Report of the Indian Hemp Drugs Commission, 1894-1895 - Volume IV
Year: 1894
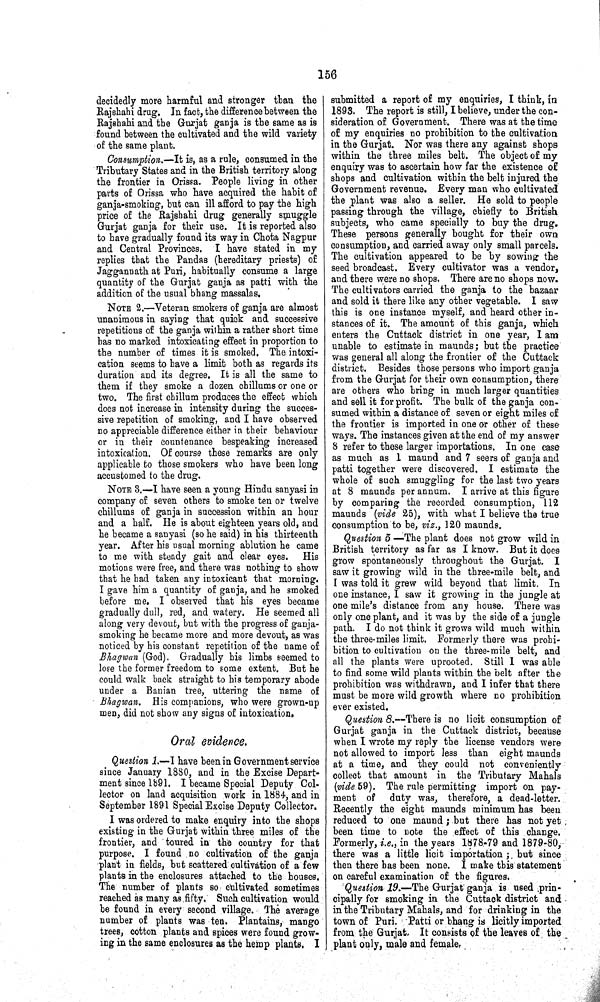
156
decidedly more harmful and stronger than the
Rajshahi drug. In fact, the difference between the
Rajshahi and the Gurjat ganja is the same as is
found between the cultivated and the wild variety
of the same plant.
Consumption.—It is, as a rule, consumed in the
Tributary States and in the British territory along
the frontier in Orissa. People living in other
parts of Orissa who have acquired the habit of
ganja-smoking, but can ill afford to pay the high
price of the Rajshahi drug generally smuggle
Gurjat ganja for their use. It is reported also
to have gradually found its way in Chota Nagpur
and Central Provinces, I have stated in my
replies that the Pandas (hereditary priests) of
Jaggannath at Puri, habitually consume a large
quantity of the Gurjat ganja as patti with the
addition of the usual bhang massalas.
NOTE 2.—Veteran smokers of ganja are almost
unanimous in saying that quick and successive
repetitions of the ganja within a rather short time
has no marked intoxicating effect in proportion to
the number of times it is smoked. The intoxi¬
cation seems to have a limit both as regards its
duration and its degree. It is all the same to
them if they smoke a dozen chillums or one or
two. The first chillum produces the effect which
does not increase in intensity during the succes¬
sive repetition of smoking, and I have observed
no appreciable difference either in their behaviour
or in their countenance bespeaking increased
intoxication. Of course these remarks are only
applicable to those smokers who have been long
accustomed to the drug.
NOTE 3.—I have seen a young Hindu sanyasi in
company of seven others to smoke ten or twelve
chillums of ganja in succession within an hour
and a half. He is about eighteen years old, and
he became a sanyasi (so he said) in his thirteenth
year. After his usual morning ablution he came
to me with steady gait and clear eyes. His
motions were free, and there was nothing to show
that he had taken any intoxicant that morning.
I gave him a quantity of ganja, and he smoked
before me. I observed that his eyes became
gradually dull, red, and watery. He seemed all
along very devout, but with the progress of ganja-
smoking he became more and more devout, as was
noticed by his constant repetition of the name of
Bhagwan (God). Gradually his limbs seemed to
lose the former freedom to some extent. But he
could walk back straight to his temporary abode
under a Banian tree, uttering the name of
Bhagwan. His companions, who were grown-up
men, did not show any signs of intoxication.
Oral evidence.
Question 1.—I have been in Government service
since January 1880, and in the Excise Depart¬
ment since 1891. I became Special Deputy Col-
lector on land acquisition work in 1884, and in
September 1891 Special Excise Deputy Collector.
I was ordered to make enquiry into the shops
existing in the Gurjat within three miles of the
frontier, and toured in the country for that
purpose. I found no cultivation of the ganja
plant in fields, but scattered cultivation of a few
plants in the enclosures attached to the houses.
The number of plants so cultivated sometimes
reached as many as fifty. Such cultivation would
be found in every second village. The average
number of plants was ten. Plantains, mango
trees, cotton plants and spices were found grow¬
ing in the same enclosures as the hemp plants. I
submitted a report of my enquiries, I think, in
1893. The report is still, I believe, under the con¬
sideration of Government. There was at the time
of my enquiries no prohibition to the cultivation
in the Gurjat. Nor was there any against shops
within the three miles belt. The object of my
enquiry was to ascertain how far the existence of
shops and cultivation within the belt injured the
Government revenue. Every man who cultivated
the plant was also a seller. He sold to people
passing through the village, chiefly to British
subjects, who came specially to buy the drug.
These persons generally bought for their own
consumption, and carried away only small parcels.
The cultivation appeared to be by sowing the
seed broadcast. Every cultivator was a vendor,
and there were no shops. There are no shops now.
The cultivators carried the ganja to the bazaar
and sold it there like any other vegetable. I saw
this is one instance myself, and heard other in¬
stances of it. The amount of this ganja, which
enters the Cuttack district in one year, I am
unable to estimate in maunds; but the practice
was general all along the frontier of the Cuttack
district. Besides those persons who import ganja
from the Gurjat for their own consumption, there
are others who bring in much larger quantities
and sell it for profit. The bulk of the ganja con¬
sumed within a distance of seven or eight miles of
the frontier is imported in one or other of these
ways. The instances given at the end of my answer
8 refer to these larger importations. In one case
as much as 1 maund and 7 seers of ganja and
patti together were discovered. I estimate the
whole of such smuggling for the last two years
at 8 maunds per annum. I arrive at this figure
by comparing the recorded consumption, 112
maunds (vide 25), with what I believe the true
consumption to be, viz., 120 maunds.
Question 5 —The plant does not grow wild in
British territory as far as I know. But it does
grow spontaneously throughout the Gurjat. I
saw it growing wild in the three-mile belt, and
I was told it grew wild beyond that limit. In
one instance, I saw it growing in the jungle at
one mile's distance from any house. There was
only one plant, and it was by the side of a jungle
path. I do not think it grows wild much within
the three miles limit. Formerly there was prohi¬
bition to cultivation on the three-mile belt, and
all the plants were uprooted. Still I was able
to find some wild plants within the belt after the
prohibition was withdrawn, and I infer that there
must be more wild growth where no prohibition
ever existed.
Question 8.—There is no licit consumption of
Gurjat ganja in the Cuttack district, because
when I wrote my reply the license vendors were
not allowed to import less than eight maunds
at a time, and they could not conveniently
collect that amount in the Tributary Mahals
(vide 59). The rule permitting import on pay¬
ment of duty was, therefore, a dead-letter.
Recently the eight maunds minimum has been
reduced to one maund; but there has not yet
been time to note the effect of this change.
Formerly, i.e., in the years 1878-79 and 1879-80,
there was a little licit importation; but since
then there has been none. I make this statement
on careful examination of the figures.
Question 19.—The Gurjat ganja is used prin¬
cipally for smoking in the Cuttack district and
in the Tributary Mahals, and for drinking in the
town of Puri. Patti or bhang is licitly imported
from the Gurjat. It consists of the leaves of the
plant only, male and female.